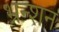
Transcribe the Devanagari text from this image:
भ्रन्शन